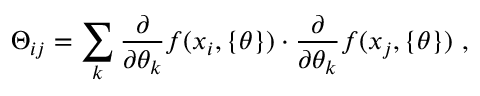
\centering \Theta _ { i j } = \sum _ { k } \frac { \partial } { \partial \theta _ { k } } f ( x _ { i } , \{ \theta \} ) \cdot \frac { \partial } { \partial \theta _ { k } } f ( x _ { j } , \{ \theta \} ) ~ ,